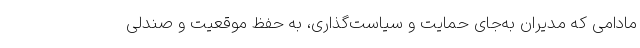
مادامی که مدیران به‌جای حمایت و سیاست‌گذاری، به حفظ موقعیت و صندلی